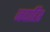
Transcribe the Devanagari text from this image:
जवाहिर